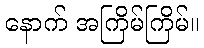
နောက် အကြိမ်ကြိမ်။